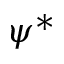
\psi ^ { * }